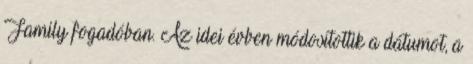
Family fogadóban. Az idei évben módosítottik a dátumot, a